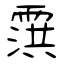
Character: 霟